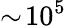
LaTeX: \sim\! 10^{5}